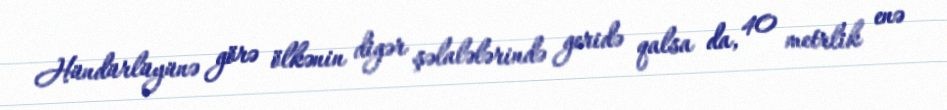
Hündürlüyünə görə ölkənin digər şəlalələrində geridə qalsa da, 40 metrlik enə